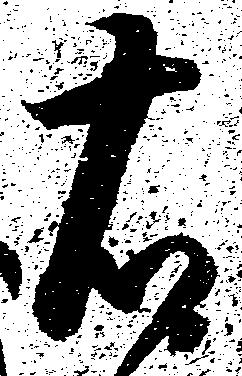
右